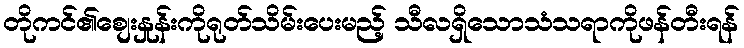
တိုကင်၏စျေးနှုန်းကိုရုတ်သိမ်းပေးမည့် သီလရှိသောသံသရာကိုဖန်တီးရန်